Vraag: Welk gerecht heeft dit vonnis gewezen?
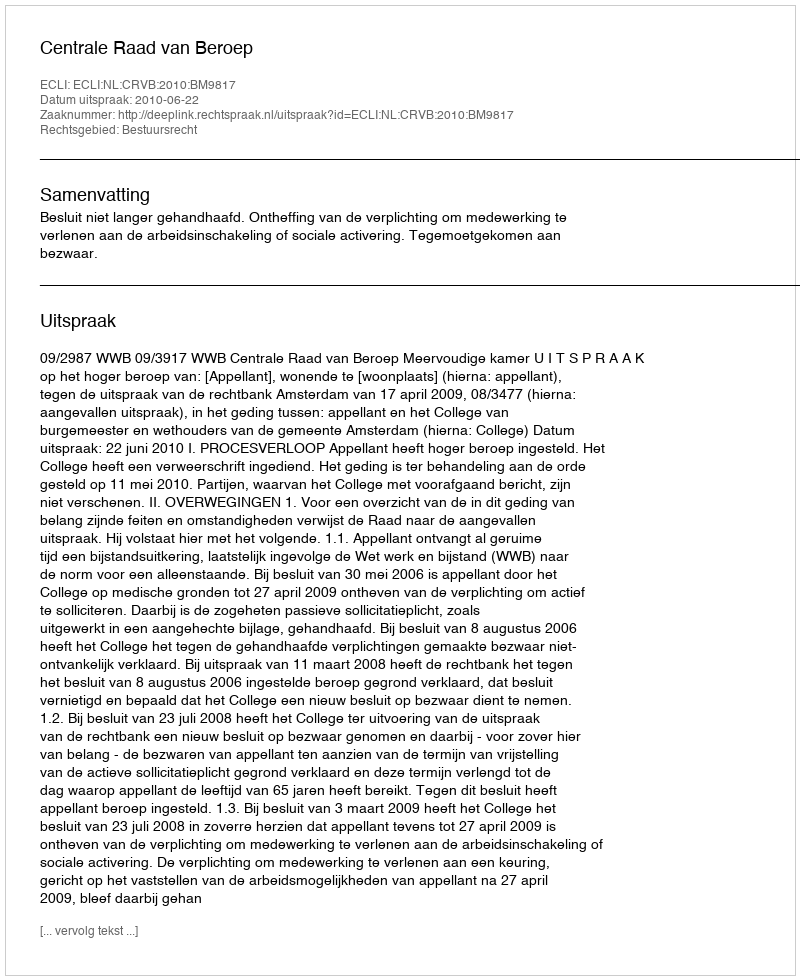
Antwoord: Centrale Raad van Beroep